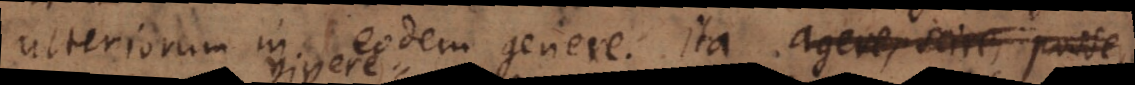
ulteriorum in eodem genere. Ita agere, scire, po